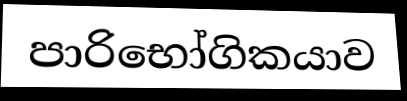
පාරිභෝගිකයාව